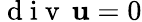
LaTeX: {\mathrm{~d~i~v~}\, }{\mathbf u}=0